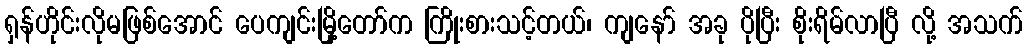
ရှန်ဟိုင်းလိုမဖြစ်အောင် ပေကျင်းမြို့တော်က ကြိုးစားသင့်တယ်၊ ကျနော် အခု ပိုပြီး စိုးရိမ်လာပြီ လို့ အသက်